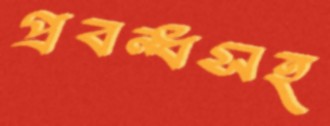
প্রবন্ধসহ